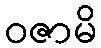
ဝဇာမိ